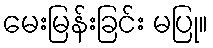
မေးမြန်းခြင်း မပြု။